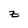
Character: z